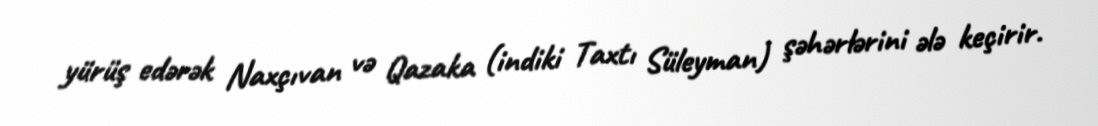
yürüş edərək Naxçıvan və Qazaka (indiki Taxtı Süleyman) şəhərlərini ələ keçirir.